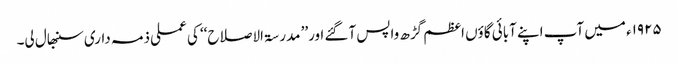
۱۹۲۵ء میں آپ اپنے آبائی گاؤں اعظم گڑھ واپس آگئے اور’’ مدرسۃ الاصلاح‘‘ کی عملی ذمہ داری سنبھال لی۔